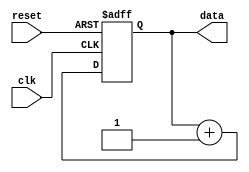
module repeat_loop (
    input wire clk,          // Clock signal
    input wire reset,        // Reset signal to exit the loop
    output reg [7:0] data    // Example output data
);

    // Initialization
    initial begin
        data = 8'b0; // Initialize data
    end

    // Always block to implement the repeat loop
    always @(posedge clk or posedge reset) begin
        if (reset) begin
            // Reset condition: exit the loop and reset data
            data <= 8'b0;
        end else begin
            // Loop body: Perform operations
            // Example operation: Increment data
            data <= data + 1;
            // Additional operations can be added here
        end
    end

endmodule